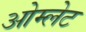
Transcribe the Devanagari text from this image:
ओम्लेट